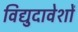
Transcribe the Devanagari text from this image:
विद्युदावेशों